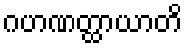
ဂဟဏတ္ထာယာတိ